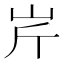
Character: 𡵱